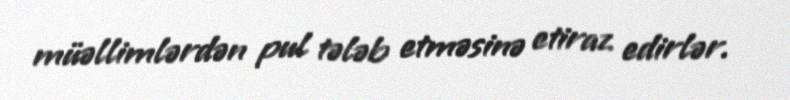
müəllimlərdən pul tələb etməsinə etiraz edirlər.